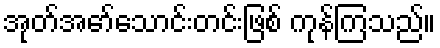
အုတ်အော်သောင်းတင်းဖြစ် ကုန်ကြသည်။